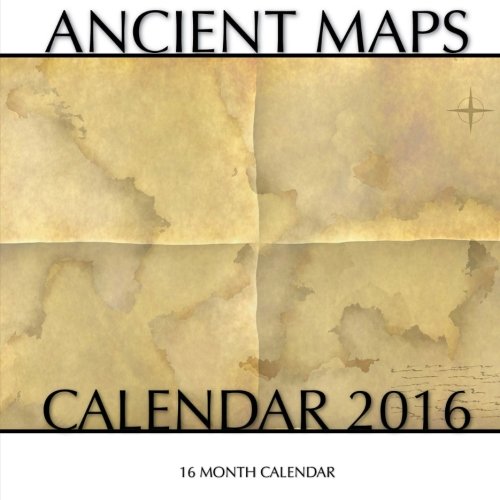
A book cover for Ancient Maps Calendar 2016: 16 Month Calendar; Jack Smith; Calendars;